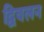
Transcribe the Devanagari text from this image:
द्विवलन